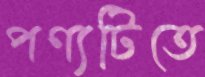
পণ্যটিতে